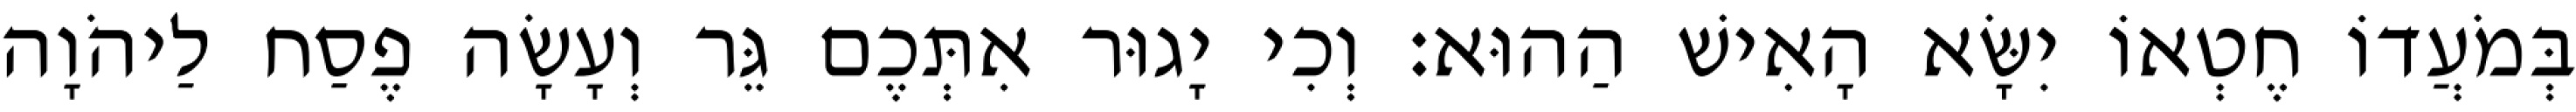
בְּמֹעֲדוֹ חֶטְאוֹ יִשָּׂא הָאִישׁ הַהוּא׃ וְכִי יָגוּר אִתְּכֶם גֵּר וְעָשָׂה פֶסַח לַיהֹוָה